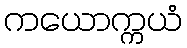
ကယောက္ကယံ